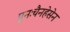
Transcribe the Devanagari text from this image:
पुनःचैनहेसेन